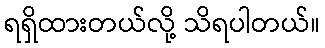
ရရှိထားတယ်လို့ သိရပါတယ်။